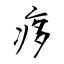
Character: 痑